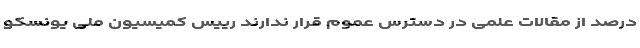
درصد از مقالات علمی در دسترس عموم قرار ندارند رییس کمیسیون ملی یونسکو